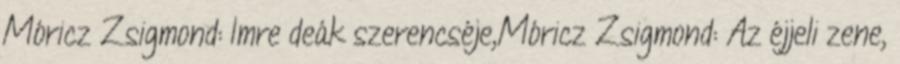
Móricz Zsigmond: Imre deák szerencséje,Móricz Zsigmond: Az éjjeli zene,